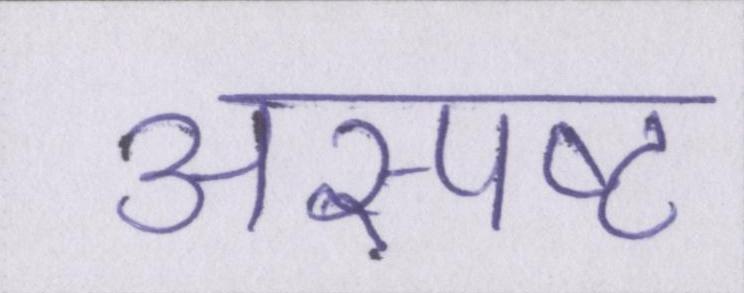
अस्पष्ट